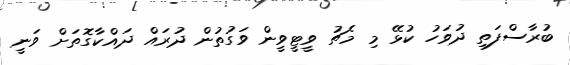
ބުރާސްފަތި ދުވަހު ކުޅޭ މި މެޗު ވީޓީވީން ވަގުތުން ދުރައް ދައްކާގޮތަށް ވަނީ